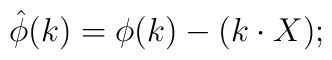
\hat \phi (k)=\phi (k)-(k\cdot X);